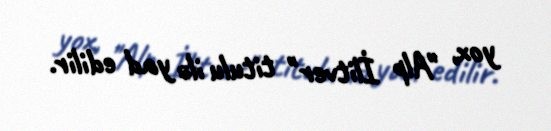
yox, "Alp İlitver" titulu ilə yad edilir.